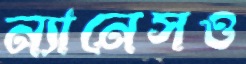
ন্যানেসও